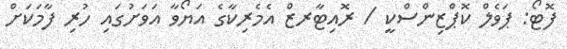
ފޮޓޯ: ޕަވެލް ކޮޕްޒިންސްކީ / ރޮއިޓާރޒް އެމެރިކާގެ އަޔޯވާ އަވަށުގައި ހުރި ފާމަކަށް